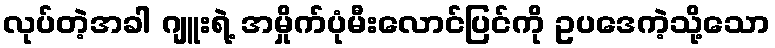
လုပ်တဲ့အခါ ဂျူးရဲ့ အမှိုက်ပုံမီးလောင်ပြင်ကို ဥပဒေကဲ့သို့သော